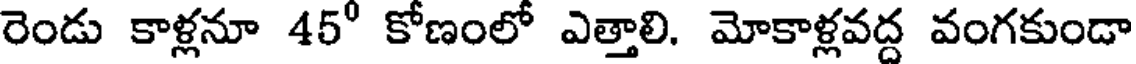
రెండు కాళ్లనూ 45" కోణంలో ఎత్తాలి. మోకాళ్లవద్ద వంగకుండా